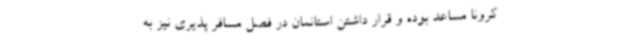
کرونا مساعد بوده و قرار داشتن استانمان در فصل مسافر پذیری نیز به